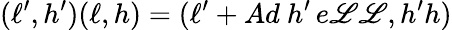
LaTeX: (\ell^{\prime},h^{\prime})(\ell,h)=(\ell^{\prime}+Ad\ h^{\prime}\, e\mathscr{L}\mathscr{L},h^{\prime}h)